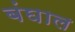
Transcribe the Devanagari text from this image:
बंघाल